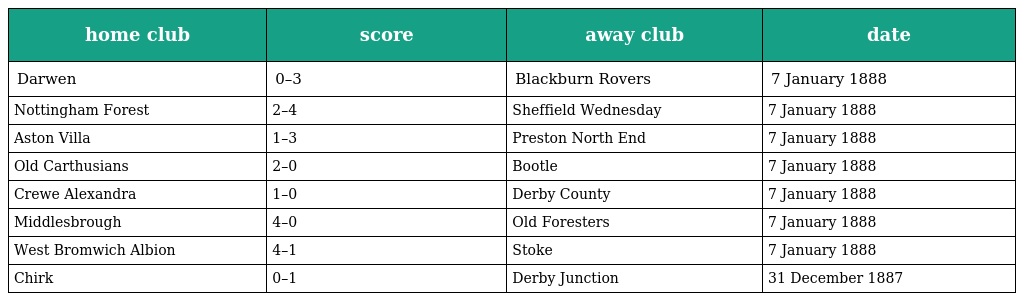
| home club | score | away club | date |
 | --- | --- | --- | --- |
 | Darwen | 0–3 | Blackburn Rovers | 7 January 1888 |
 | Nottingham Forest | 2–4 | Sheffield Wednesday | 7 January 1888 |
 | Aston Villa | 1–3 | Preston North End | 7 January 1888 |
 | Old Carthusians | 2–0 | Bootle | 7 January 1888 |
 | Crewe Alexandra | 1–0 | Derby County | 7 January 1888 |
 | Middlesbrough | 4–0 | Old Foresters | 7 January 1888 |
 | West Bromwich Albion | 4–1 | Stoke | 7 January 1888 |
 | Chirk | 0–1 | Derby Junction | 31 December 1887 |